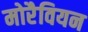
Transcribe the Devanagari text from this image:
मोरैवियन